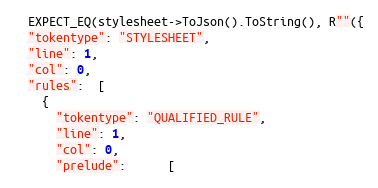
Language: C++
  EXPECT_EQ(stylesheet->ToJson().ToString(), R""({
  "tokentype": "STYLESHEET",
  "line": 1,
  "col": 0,
  "rules":  [
    {
      "tokentype": "QUALIFIED_RULE",
      "line": 1,
      "col": 0,
      "prelude":      [